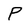
Character: P